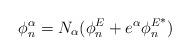
LaTeX: \begin{align*} \phi^\alpha_n = N_\alpha(\phi^E_n+e^\alpha{\phi_n^E}^*)\end{align*}